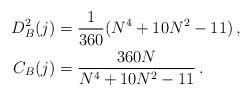
LaTeX: \begin{align*}D^2_B(j)&=\frac{1}{360}(N^4+10N^2-11)\,,\\C_B(j)&=\frac{360N}{N^4+10N^2-11}\,.\end{align*}